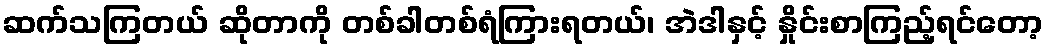
ဆက်သကြတယ် ဆိုတာကို တစ်ခါတစ်ရံကြားရတယ်၊ အဲဒါနှင့် နှိုင်းစာကြည့်ရင်တော့